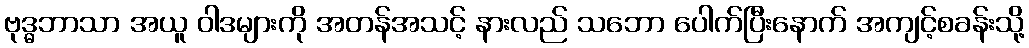
ဗုဒ္ဓဘာသာ အယူ ဝါဒများကို အတန်အသင့် နားလည် သဘော ပေါက်ပြီးနောက် အကျင့်စခန်းသို့